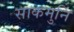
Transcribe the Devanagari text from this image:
साकमुनि